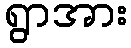
ရွာအား